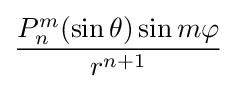
{\frac {P_{n}^{m}(\sin \theta )\sin m\varphi }{r^{n+1}}}